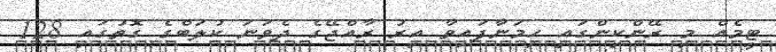
ޓީމެއް މި ރޭންކިންގައި ހިމަނާފައިވާ އިރު ރާއްޖޭގެ ދެވަނަ ކުލަބްގެ ގޮތުގައި 128